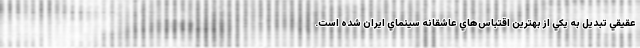
عقيقي تبديل به يکي از بهترين اقتباس‌هاي عاشقانه سينماي ايران شده است.